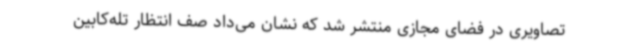
تصاویری در فضای مجازی منتشر شد که نشان می‌داد صف انتظار تله‌کابین